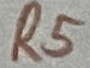
Text: R5